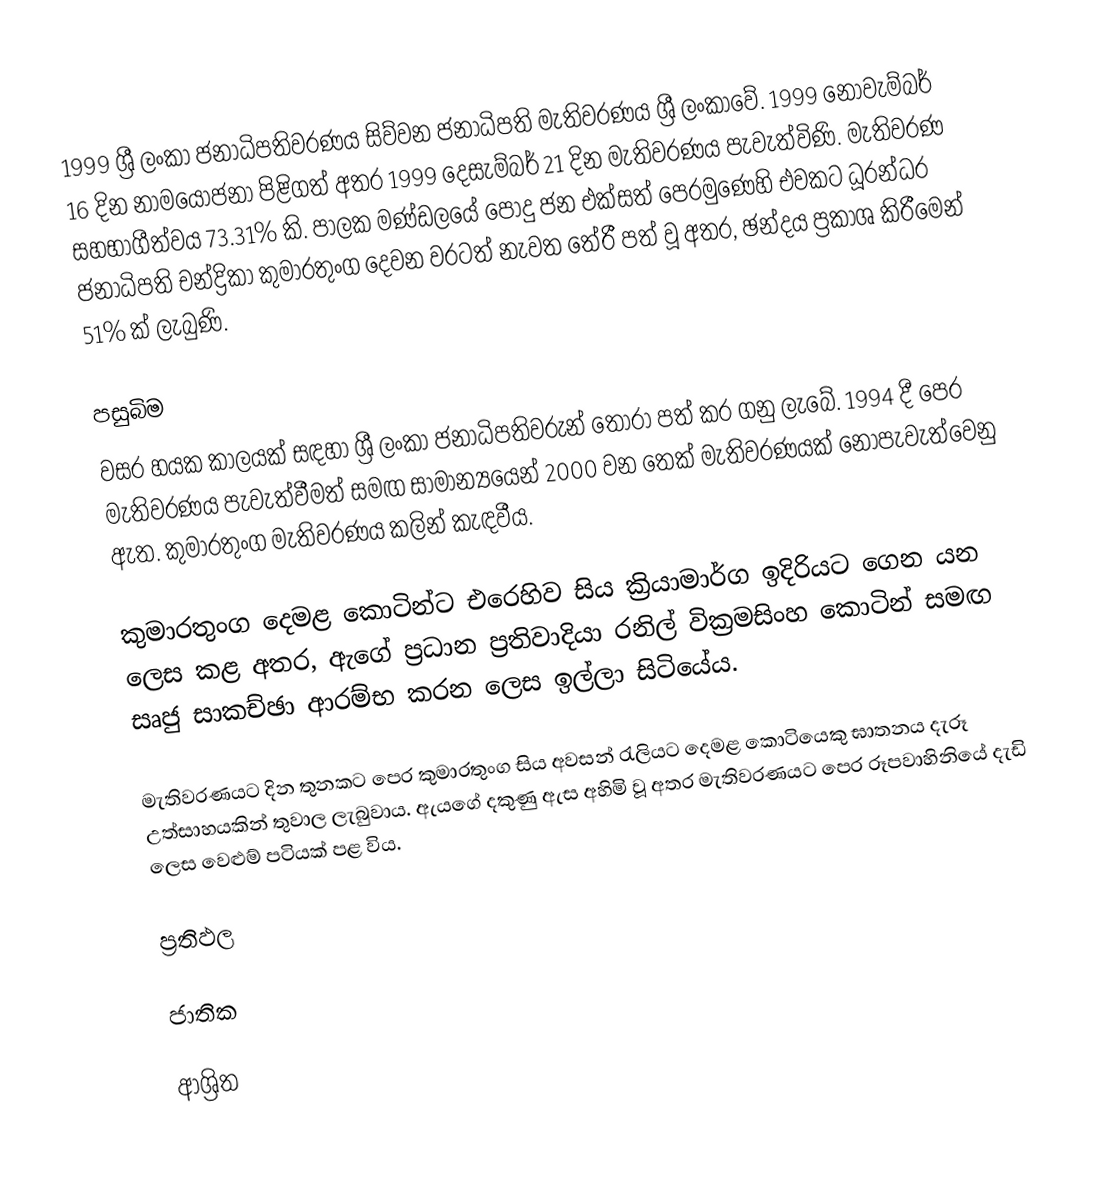
1999 ශ්‍රී ලංකා ජනාධිපතිවරණය සිව්වන  ජනාධිපති  මැතිවරණය ශ්‍රී ලංකාවේ. 1999 නොවැම්බර් 16 දින නාමයෝජනා පිළිගත් අතර 1999 දෙසැම්බර් 21 දින මැතිවරණය පැවැත්විණි. මැතිවරණ සහභාගීත්වය 73.31% කි. පාලක මණ්ඩලයේ පොදු ජන එක්සත් පෙරමුණෙහි එවකට ධූරන්ධර ජනාධිපති  චන්ද්‍රිකා කුමාරතුංග දෙවන වරටත් නැවත තේරී පත් වූ අතර, ඡන්දය ප්‍රකාශ කිරීමෙන් 51% ක් ලැබුණි.

පසුබිම
වසර හයක කාලයක් සඳහා ශ්‍රී ලංකා ජනාධිපතිවරුන් තෝරා පත් කර ගනු ලැබේ. 1994 දී  පෙර මැතිවරණය පැවැත්වීමත් සමඟ සාමාන්‍යයෙන් 2000 වන තෙක් මැතිවරණයක් නොපැවැත්වෙනු ඇත. කුමාරතුංග මැතිවරණය කලින් කැඳවීය.

කුමාරතුංග දෙමළ කොටින්ට එරෙහිව සිය ක්‍රියාමාර්ග ඉදිරියට ගෙන යන ලෙස කළ අතර, ඇගේ ප්‍රධාන ප්‍රතිවාදියා රනිල් වික්‍රමසිංහ කොටින් සමඟ සෘජු සාකච්ඡා ආරම්භ කරන ලෙස ඉල්ලා සිටියේය.

මැතිවරණයට දින තුනකට පෙර කුමාරතුංග සිය අවසන් රැලියට දෙමළ කොටියෙකු ඝාතනය දැරූ උත්සාහයකින් තුවාල ලැබුවාය. ඇයගේ දකුණු ඇස අහිමි වූ අතර මැතිවරණයට පෙර රූපවාහිනියේ දැඩි ලෙස වෙළුම් පටියක් පළ විය.

ප්‍රතිඵල

ජාතික

ආශ්‍රිත